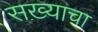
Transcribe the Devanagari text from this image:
सख्याचा